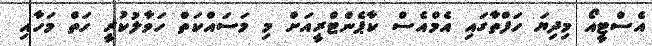
އެސްޓީއޯ މިދިޔަ ހަފްތާގައި އެމްއެސް ކާޕެންޓްރީއަށް މި މަސައްކަތް ހަވާލުކުރީ ހަތް މަހާއި